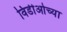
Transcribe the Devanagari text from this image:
विडीओच्या